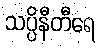
သပ္ပိနီတီရေ